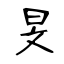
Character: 旻